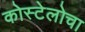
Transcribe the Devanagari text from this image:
कोस्टेलोचा